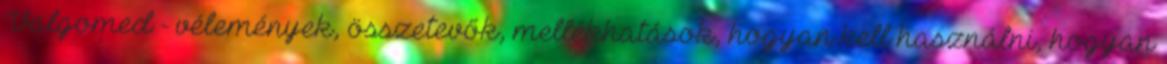
Valgomed - vélemények, összetevők, mellékhatások, hogyan kell használni, hogyan